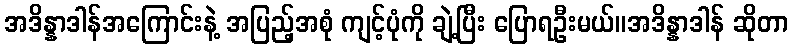
အဒိန္နာဒါန်အကြောင်းနဲ့ အပြည့်အစုံ ကျင့်ပုံကို ချဲ့ပြီး ပြောရဦးမယ်။အဒိန္နာဒါန် ဆိုတာ